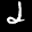
Label: 2